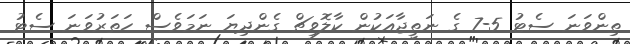
ތިންވަނަ ސެޓު 5-7 ގެ ނަތީޖާއަކުން ކާލޮވިޗް ގެންދިޔަ ނަމަވެސް ހަތަރުވަނަ ސެޓު